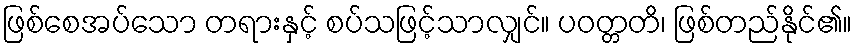
ဖြစ်စေအပ်သော တရားနှင့် စပ်သဖြင့်သာလျှင်။ ပဝတ္တတိ၊ ဖြစ်တည်နိုင်၏။